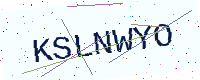
Text: KSLNWYO